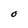
Character: O